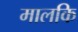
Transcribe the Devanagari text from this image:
मालकि